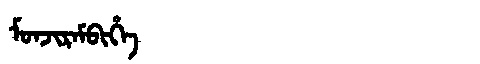
Manchu: ᠮᠣᠨᠵᡳᡵᠠᠮᠪᡳᡥᡝ
Romanization: MONJIRAMBIHE